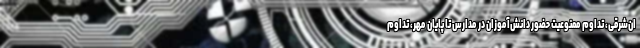
ان‌شرقی، تداوم ممنوعیت حضور دانش‌آموزان در مدارس تا پایان مهر، تداوم